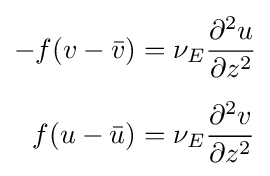
{\begin{aligned}-f(v-{\bar {v}})&=\nu _{E}{\frac {\partial ^{2}u}{\partial z^{2}}}\\[5pt]f(u-{\bar {u}})&=\nu _{E}{\frac {\partial ^{2}v}{\partial z^{2}}}\end{aligned}}